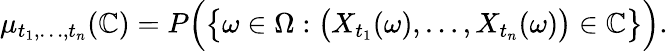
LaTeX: \mu_{t_{1},\dots,t_{n}}(\mathbb{C})=P{\Big(}{\big\{ }\omega\in\Omega:{\big(}X_{t_{1}}(\omega),\dots,X_{t_{n}}(\omega){\big)}\in\mathbb{C}{\big\} }{\Big)}.